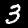
Label: 3